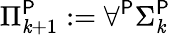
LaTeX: \Pi_{\mathit{k}+1}^{\mathsf{{P}}}:=\forall^{\mathsf{{P}}}\Sigma_{\mathit{k}}^{\mathsf{{P}}}